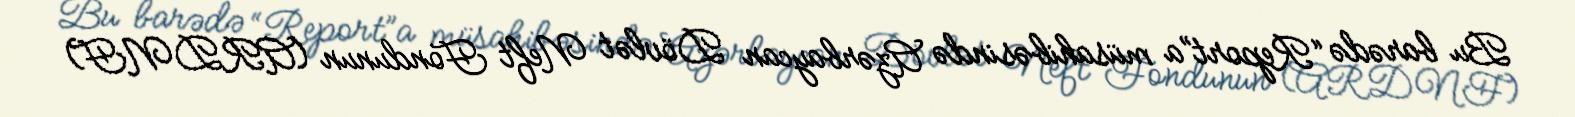
Bu barədə “Report”a müsahibəsində Azərbaycan Dövlət Neft Fondunun (ARDNF)